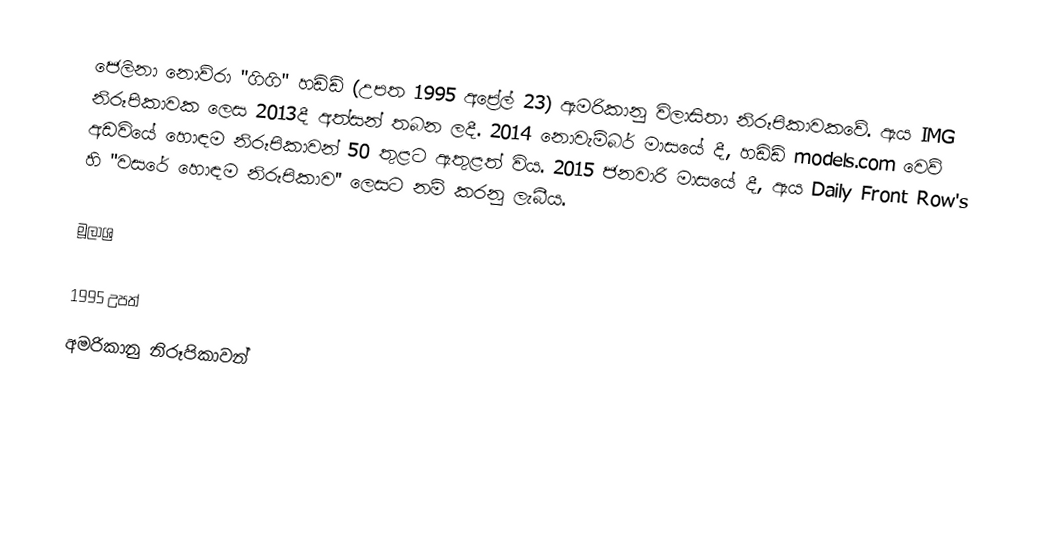
ජෙලිනා නොව්රා "ගිගි" හඩිඩ් (උපත 1995 අප්‍රේල් 23) ඇමරිකානු විලාසිතා නිරූපිකාවකවේ. ඇය IMG නිරූපිකාවක ලෙස 2013දී අත්සන් තබන ලදී.  2014 නොවැම්බර් මාසයේ දී, හඩිඩ් models.com වෙව් අඩවියේ හොඳම නිරූපිකාවන් 50 තුළට ඇතුළත් විය. 2015 ජනවාරි මාසයේ දී, ඇය Daily Front Row's හි "වසරේ හොඳම නිරූපිකාව'' ලෙසට නම් කරනු ලැබීය.

මූලාශ්‍ර

1995 උපත්
අමරිකානු නිරූපිකාවන්